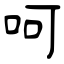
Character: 呵